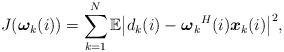
LaTeX: \begin{align*}{J({\boldsymbol \omega_k}(i))} = \sum_{k=1}^{N}{\mathbb{E}\big|{d_k(i)}- {\boldsymbol \omega_k}^H(i){\boldsymbol x_k(i)}\big|^2} ,\end{align*}